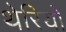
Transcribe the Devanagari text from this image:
थेरियो